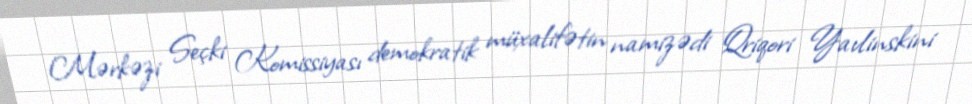
Mərkəzi Seçki Komissiyası demokratik müxalifətin namizədi Qriqori Yavlinskini